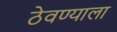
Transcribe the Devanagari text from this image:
ठेवण्याला